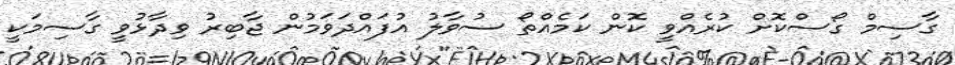
ގާސިމް ގޯސްކޮށް ކުރެއްވީ ކޮން ކަމެއްތޯ ސުވާލު އުފައްދަވަމުން ޖާބިރު ވިދާޅުވީ ގާސިމަކީ